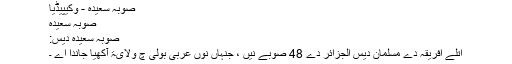
صوبہ سعیدہ - وکیپیڈیا
صوبہ سعیدہ
صوبہ سعیدہ دیس:
اتلے افریقہ دے مسلمان دیس الجزائر دے 48 صوبے نیں ، جنہاں نوں عربی بولی چ ولایۃ آکھیا جاندا اے ۔